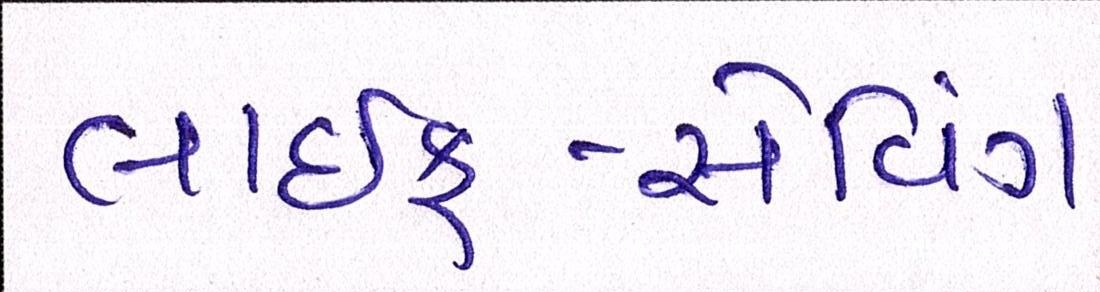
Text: લાઇફ-સેવિંગ